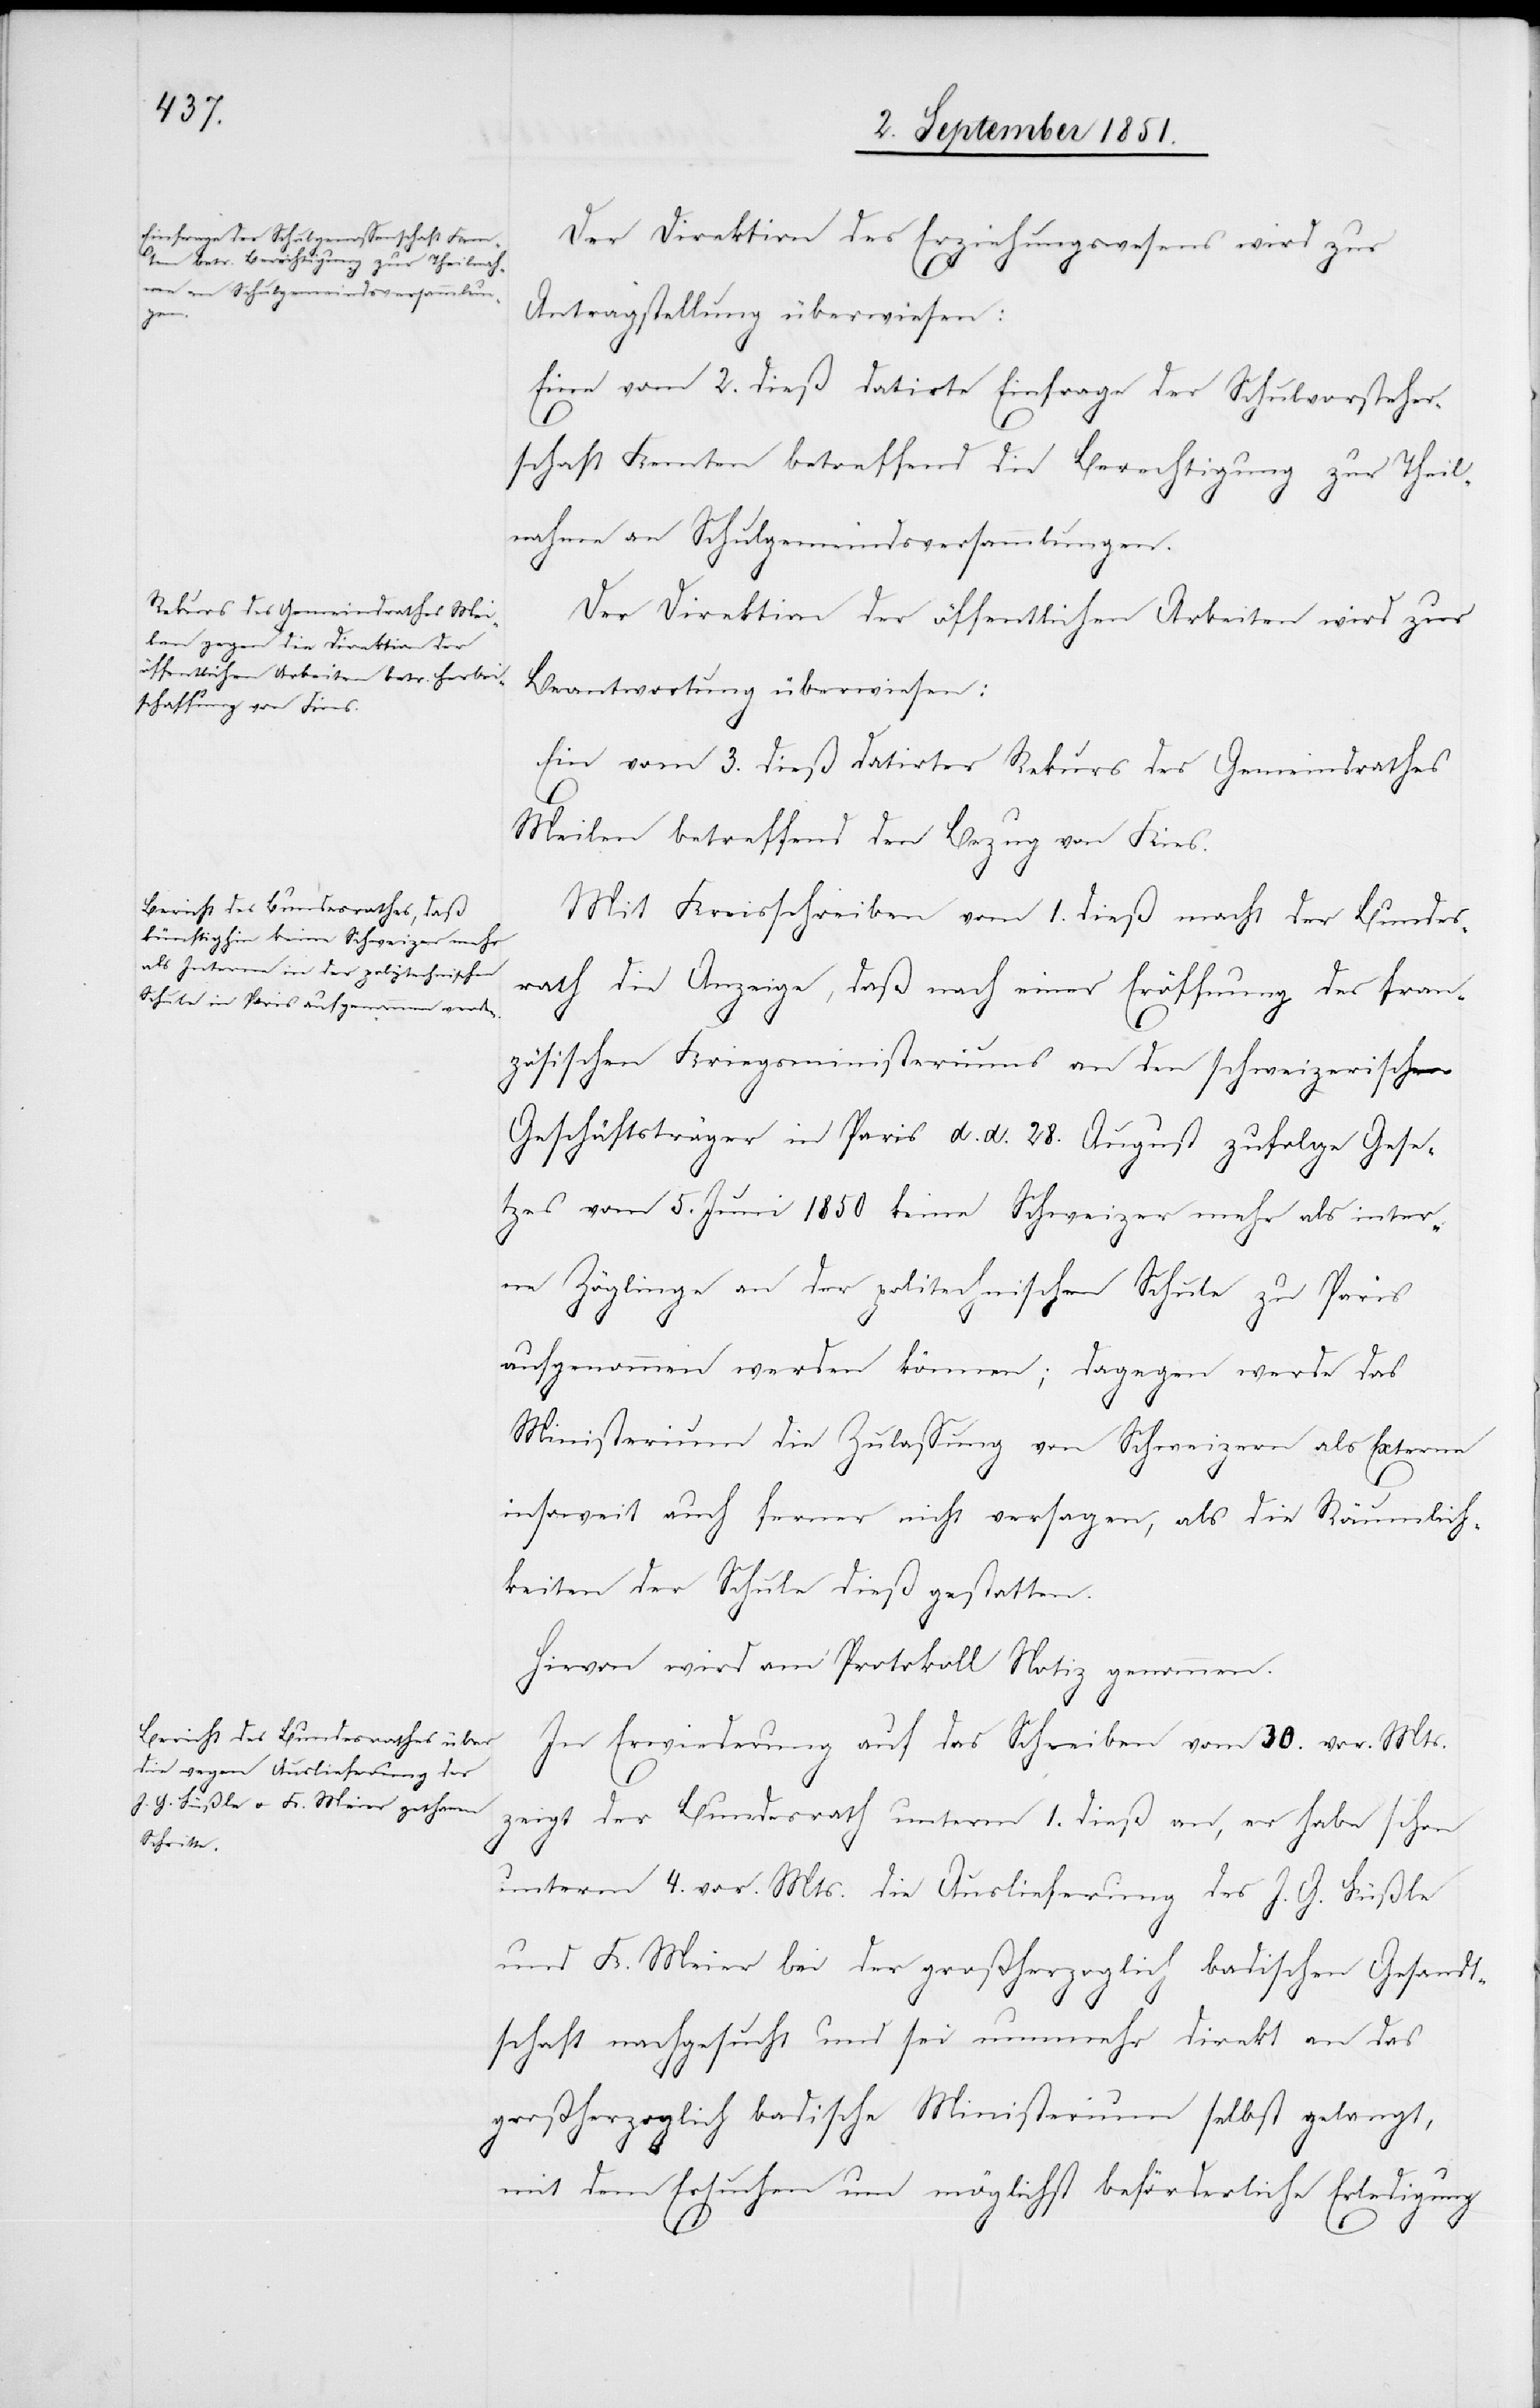
den

Der Direktion des Erziehungswesens wird zur
Antragstellung überwiesen:
Eine vom 2. dieß datirte Einfrage der Schulvorsteher¬
schaft Kemten betreffend die Berechtigung zur Theil¬
nahme an Schulgemeindsversammlungen.
Der Direktion der öffentlichen Arbeiten wird zur
Beantwortung überwiesen:
Ein vom 3. dieß datirter Rekurs des Gemeindrathes
Meilen betreffend den Bezug von Kies.
Mit Kreisschreiben vom 1. dieß macht der Bundes¬
rath die Anzeige, daß nach einer Eröffnung des fran¬
zösischen Kriegsministeriums an den schweizerischen
Geschäftsträger in Paris d. d. 28. August zufolge Gese¬
tzes vom 5. Juni 1850 keine Schweizer mehr als inter¬
ne Zöglinge an der politechnischen Schule zu Paris
aufgenommen werden können; dagegen werde das
4.
Ministerium die Zulassung von Schweizern als Externe
insoweit auch ferner nicht versagen, als die Räumlich¬
keiten der Schule dieß gestatten.
Hievon wird am Protokoll Notiz genommen.
In Erwiederung auf das Schreiben vom 30. vor. Mts.
zeigt der Bundesrath unterm 1. dieß an, er habe schon
unterm 4. vor. Mts. die Auslieferung des J. G. Füßle
und K. Meier bei der großherzoglich badischen Gesandt¬
schaft nachgesucht und sei nunmehr direkt an das
großherzoglich badische Ministerium selbst gelangt,
mit dem Ersuchen um möglichst beförderliche Erledigung